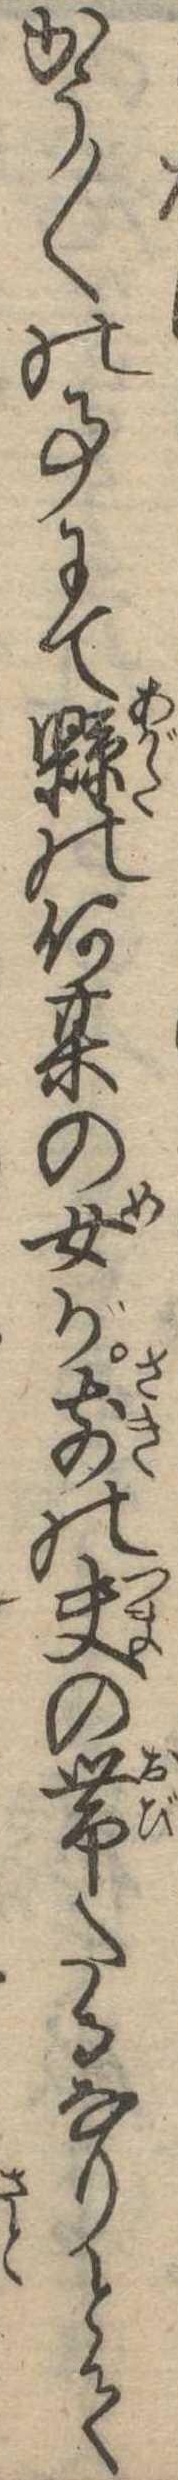
かう〱の事にて県の何其の女が前の夫の帯たるなりとて